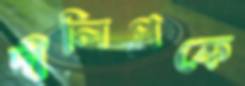
দীলিপকে